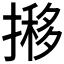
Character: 𢴐